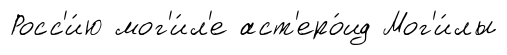
Росс'и́ю мог'и́л'е аст'еро́ид Мог'и́лы